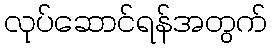
လုပ်ဆောင်ရန်အတွက်